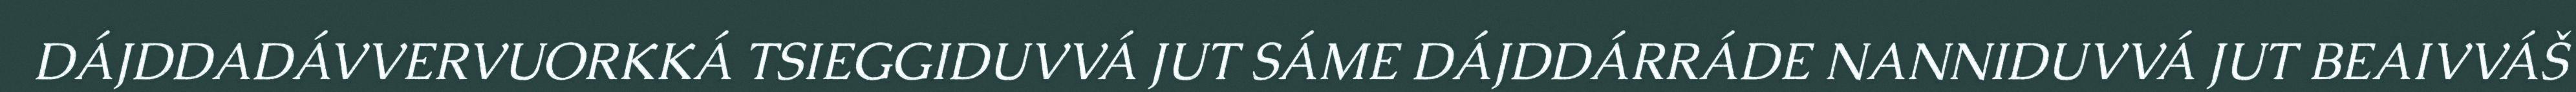
DÁJDDADÁVVERVUORKKÁ TSIEGGIDUVVÁ JUT SÁME DÁJDDÁRRÁDE NANNIDUVVÁ JUT BEAIVVÁŠ